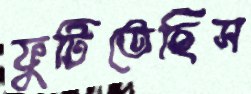
ফুটিতেছিস